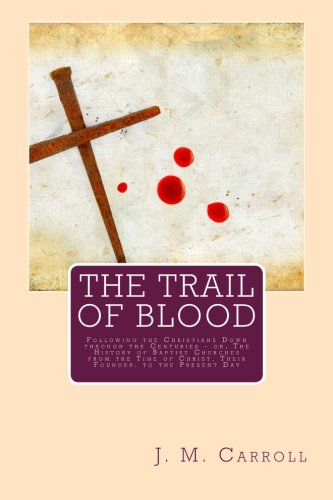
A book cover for The Trail of Blood: Following the Christians Down through the Centuries - or, The History of Baptist Churches from the Time of Christ, Their Founder, to the Present Day; J. M. Carroll; Christian Books & Bibles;